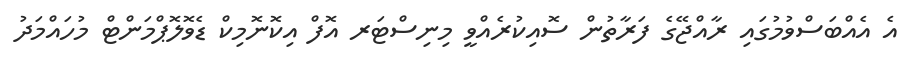
އެ އެއްބަސްވުމުގައި ރާއްޖޭގެ ފަރާތުން ސޮއިކުރެއްވީ މިނިސްޓަރ އޮފް އިކޮނޮމިކް ޑެވޮލޮޕްމަންޓް މުހައްމަދު